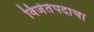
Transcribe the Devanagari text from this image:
विजेतेपदाचा